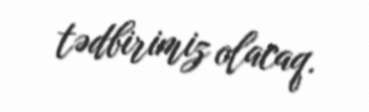
tədbirimiz olacaq.